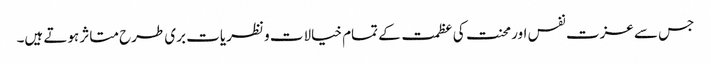
جس سے عزت نفس اور محنت کی عظمت کے تمام خیالات و نظریات بری طرح متاثر ہوتے ہیں۔